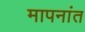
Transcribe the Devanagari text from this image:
मापनांत